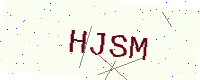
Text: HJSM